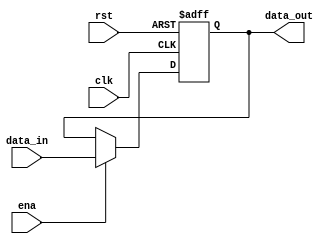
`timescale 1ns / 1ps
//////////////////////////////////////////////////////////////////////////////////
// Company: 
// Engineer: 
// 
// Design Name: 
// Module Name: my_pc
// Project Name: 
// Target Devices: 
// Tool Versions: 
// Description: 
// 
// Dependencies: 
// 
// Revision:
// Revision 0.01 - File Created
// Additional Comments:
// 
//////////////////////////////////////////////////////////////////////////////////


module my_pc(
	input clk,
	input rst,
	input ena,
	input [31:0] data_in,
	output reg [31:0] data_out
    );

	always@(negedge clk or posedge rst)  
	begin
		if(rst)
		begin
			data_out <= 32'b0;
		end

		else if(ena)
		begin
			data_out <= data_in;
		end
	end

endmodule